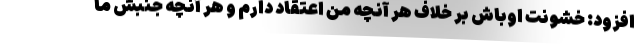
افزود: خشونت اوباش بر خلاف هر آنچه من اعتقاد دارم و هر آنچه جنبش ما